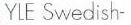
YLE Swedish-